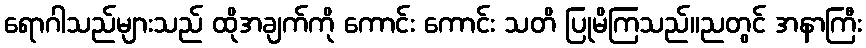
ရောဂါသည်များသည် ထိုအချက်ကို ကောင်း ကောင်း သတိ ပြုမိကြသည်။ညတွင် အနာကြီး